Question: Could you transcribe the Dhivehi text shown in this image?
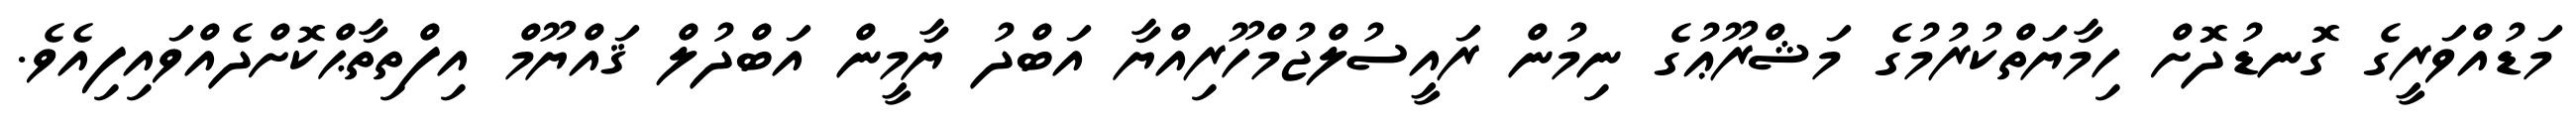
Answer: މަޑުއްވަރީގެ ގޮނޑުދޮށް ހިމާޔަތްކުރުމުގެ މަޝްރޫޢުގެ ނިމުން ރައީސުލްޖުމްހޫރިއްޔާ އަބްދު ޔާމީން އަބްދުލް ޤައްޔޫމް އިފްތިތާޙްކޮށްދެއްވައިފިއެވެ.